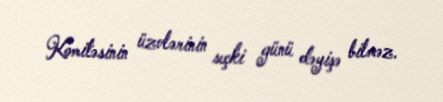
Komitəsinin üzvlərinin seçki günü dəyişə bilməz.